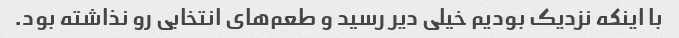
با اینکه نزدیک بودیم خیلی دیر رسید و طعم‌های انتخابی رو نذاشته بود.